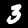
Label: 3